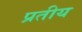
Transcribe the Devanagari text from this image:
प्रतीय